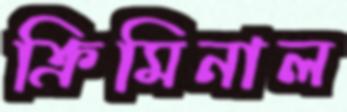
ক্রিমিনাল